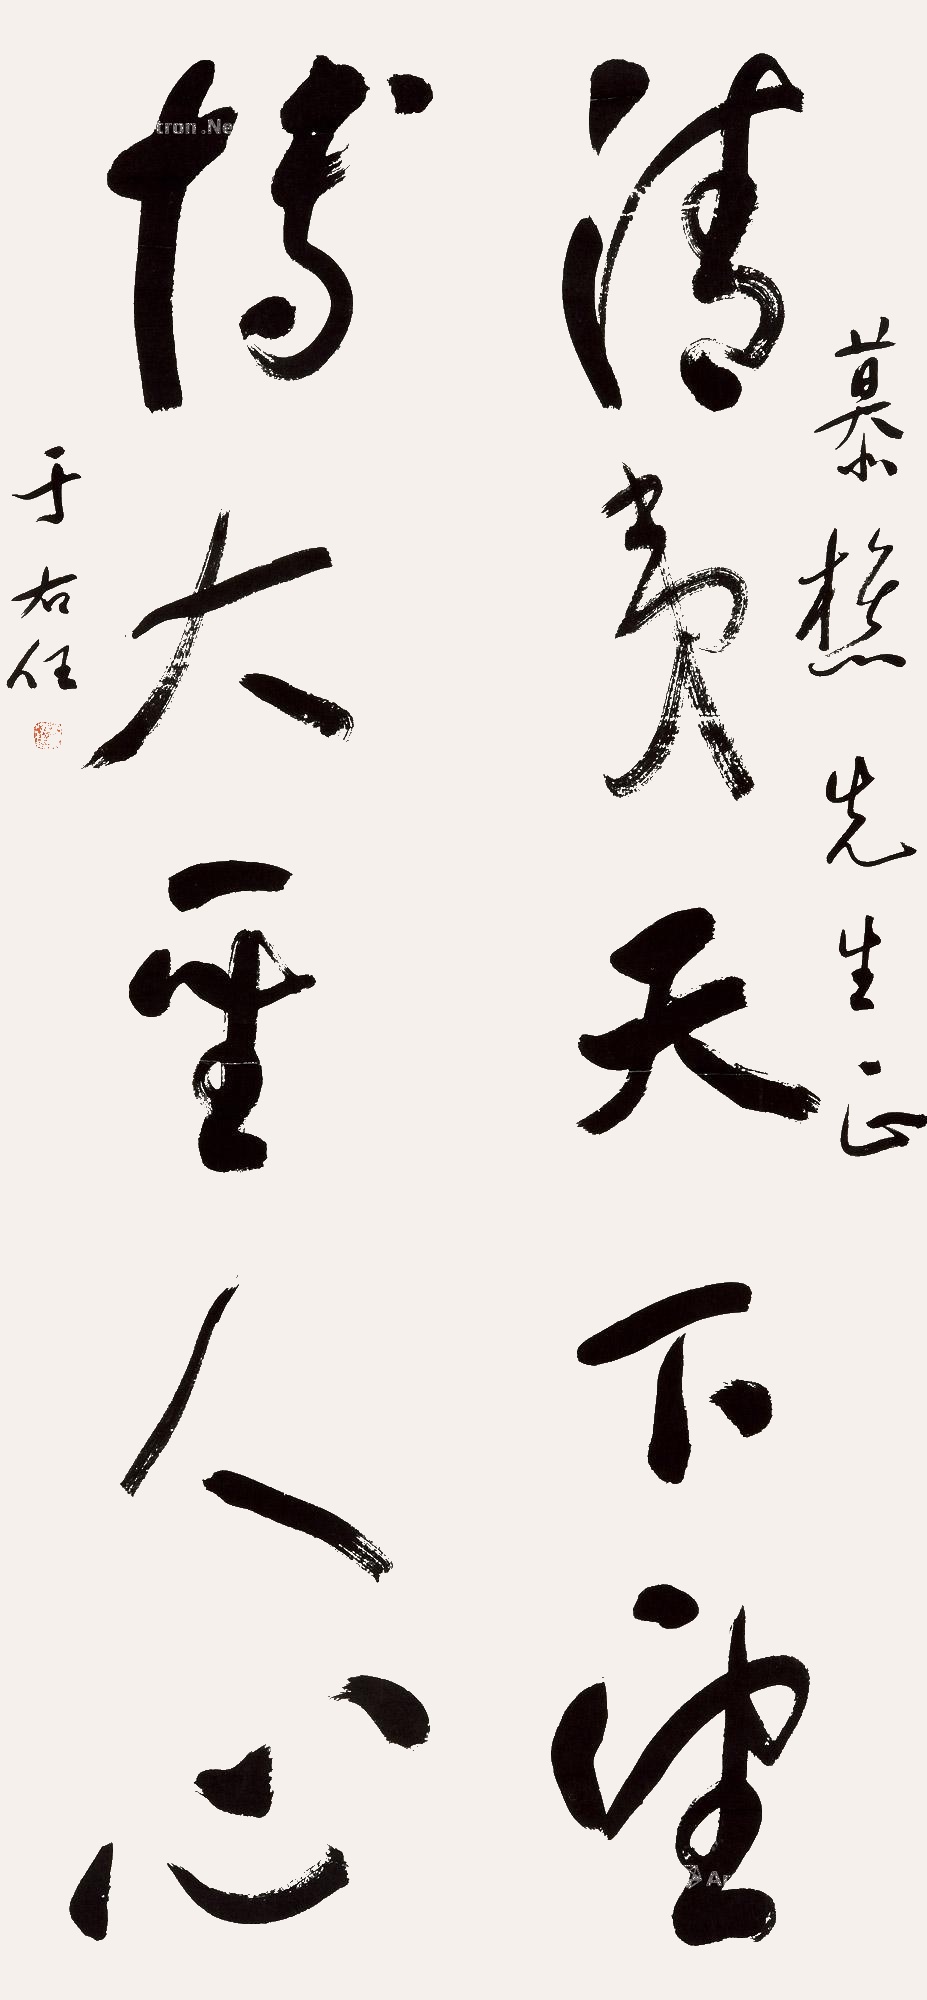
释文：清夷天下望，博大圣人心。慕樵先生正。于右任。